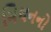
મિથનનો